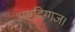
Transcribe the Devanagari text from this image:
अष्टदिग्गज।